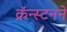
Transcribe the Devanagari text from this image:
क्रॅन्स्टनने